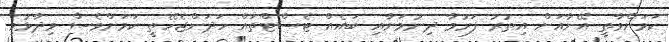
ކަމަށްވާތީ އޭނާއަށް އިތުރު ފަރުވާ ދިނުމަށާއި ބައެއް ޓެސްޓްތައް ހަދަންޖެހޭތީ ކަމަށްވެސް ވިދާޅުވި